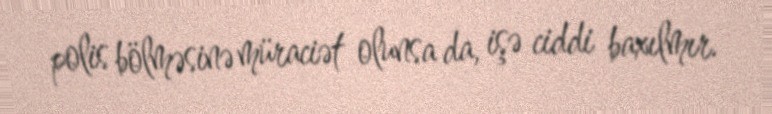
polis bölməsinə müraciət olunsa da, işə ciddi baxılmır.